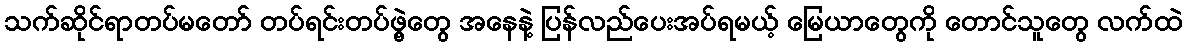
သက်ဆိုင်ရာတပ်မတော် တပ်ရင်းတပ်ဖွဲ့တွေ အနေနဲ့ ပြန်လည်ပေးအပ်ရမယ့် မြေယာတွေကို တောင်သူတွေ လက်ထဲ